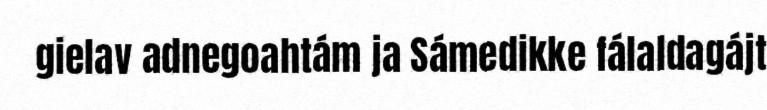
gielav adnegoahtám ja Sámedikke fálaldagájt